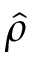
\hat { \rho }